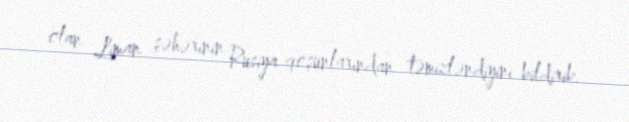
olan Liman şəhərinin Rusiya qoşunlarından təmizləndiyini bildirib.